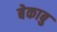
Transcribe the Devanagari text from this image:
बेकाबु